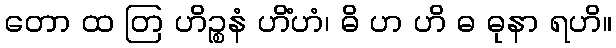
တော ထ တြ ဟိဉ္စနံ ဟိံဟံ၊ ဓိ ဟ ဟိ ဓ ဓုနာ ရဟိ။